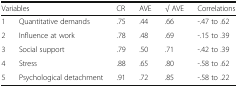
<table><thead><tr><td colspan="2"><b>Variables</b></td><td><b>CR</b></td><td><b>AVE</b></td><td><b>√ AVE</b></td><td><b>Correlations</b></td></tr></thead><tbody><tr><td>1</td><td>Quantitative demands</td><td>.75</td><td>.44</td><td>.66</td><td>-.47 to .62</td></tr><tr><td>2</td><td>Influence at work</td><td>.78</td><td>.48</td><td>.69</td><td>-.15 to .39</td></tr><tr><td>3</td><td>Social support</td><td>.79</td><td>.50</td><td>.71</td><td>-.42 to .39</td></tr><tr><td>4</td><td>Stress</td><td>.88</td><td>.65</td><td>.80</td><td>-.58 to .62</td></tr><tr><td>5</td><td>Psychological detachment</td><td>.91</td><td>.72</td><td>.85</td><td>-.58 to .22</td></tr></tbody></table>